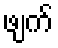
ဖျက်